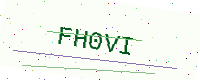
Text: FH0VI